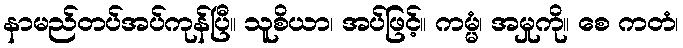
နာမည်တပ်အပ်ကုန်ပြီ။ သူစိယာ၊ အပ်ဖြင့်။ ကမ္မံ၊ အမှုကို။ စေ ကတံ၊